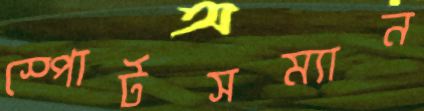
স্পোর্টসম্যান